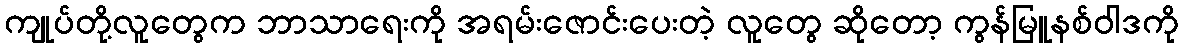
ကျုပ်တို့လူတွေက ဘာသာရေးကို အရမ်းဇောင်းပေးတဲ့ လူတွေ ဆိုတော့ ကွန်မြူနစ်ဝါဒကို